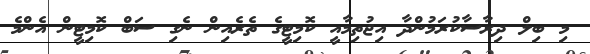
މި ބިލް ދިރާސާކުރަމުންދާ އިޖުތިމާއީ ކޮމިޓީގެ ތެރެއިން ނެގި ސަބް ކޮމިޓީން އެންމެ